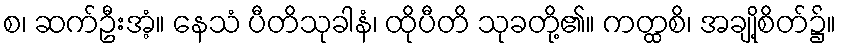
စ၊ ဆက်ဦးအံ့။ နေသံ ပီတိသုခါနံ၊ ထိုပီတိ သုခတို့၏။ ကတ္ထစိ၊ အချို့စိတ်၌။